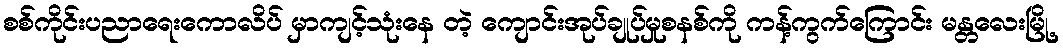
စစ်ကိုင်းပညာရေးကောလိပ် မှာကျင့်သုံးနေ တဲ့ ကျောင်းအုပ်ချုပ်မှုစနစ်ကို ကန့်ကွက်ကြောင်း မန္တလေးမြို့